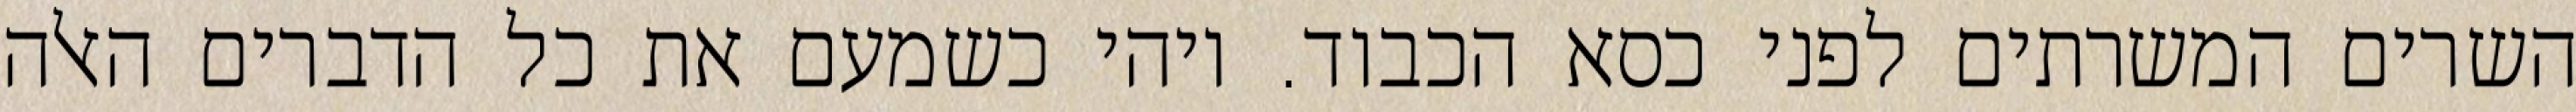
השרים המשרתים לפני כסא הכבוד. ויהי כשמעם את כל הדברים האלה